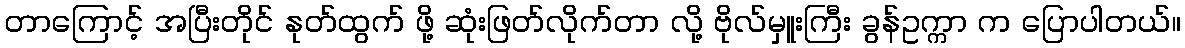
တာကြောင့် အပြီးတိုင် နုတ်ထွက် ဖို့ ဆုံးဖြတ်လိုက်တာ လို့ ဗိုလ်မှူးကြီး ခွန်ဥက္ကာ က ပြောပါတယ်။